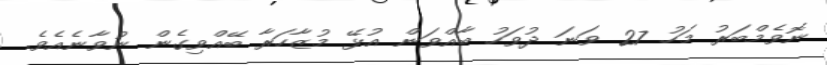
ނޮވެމްބަރު މަހު 27 ވަނަ ދުވަހު ބާއްވަން އުޅޭ މުޒާހަރާ ބޭއްވިގެން ނުވާނެއެވެ.